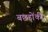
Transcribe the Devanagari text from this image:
बछड़ोंकी